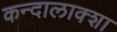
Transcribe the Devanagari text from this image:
कन्दालाक्शा